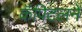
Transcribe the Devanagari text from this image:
कॅपिटलने